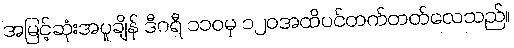
အမြင့်ဆုံးအပူချိန် ဒီဂရီ ၁၁၀မှ ၁၂၀အထိပင်တက်တတ်လေသည်။